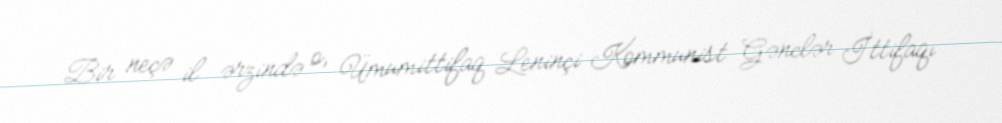
Bir neçə il ərzində o, Ümumittifaq Leninçi Kommunist Gənclər İttifaqı